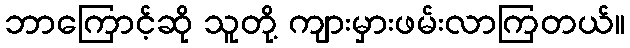
ဘာကြောင့်ဆို သူတို့ ကျားမှားဖမ်းလာကြတယ်။